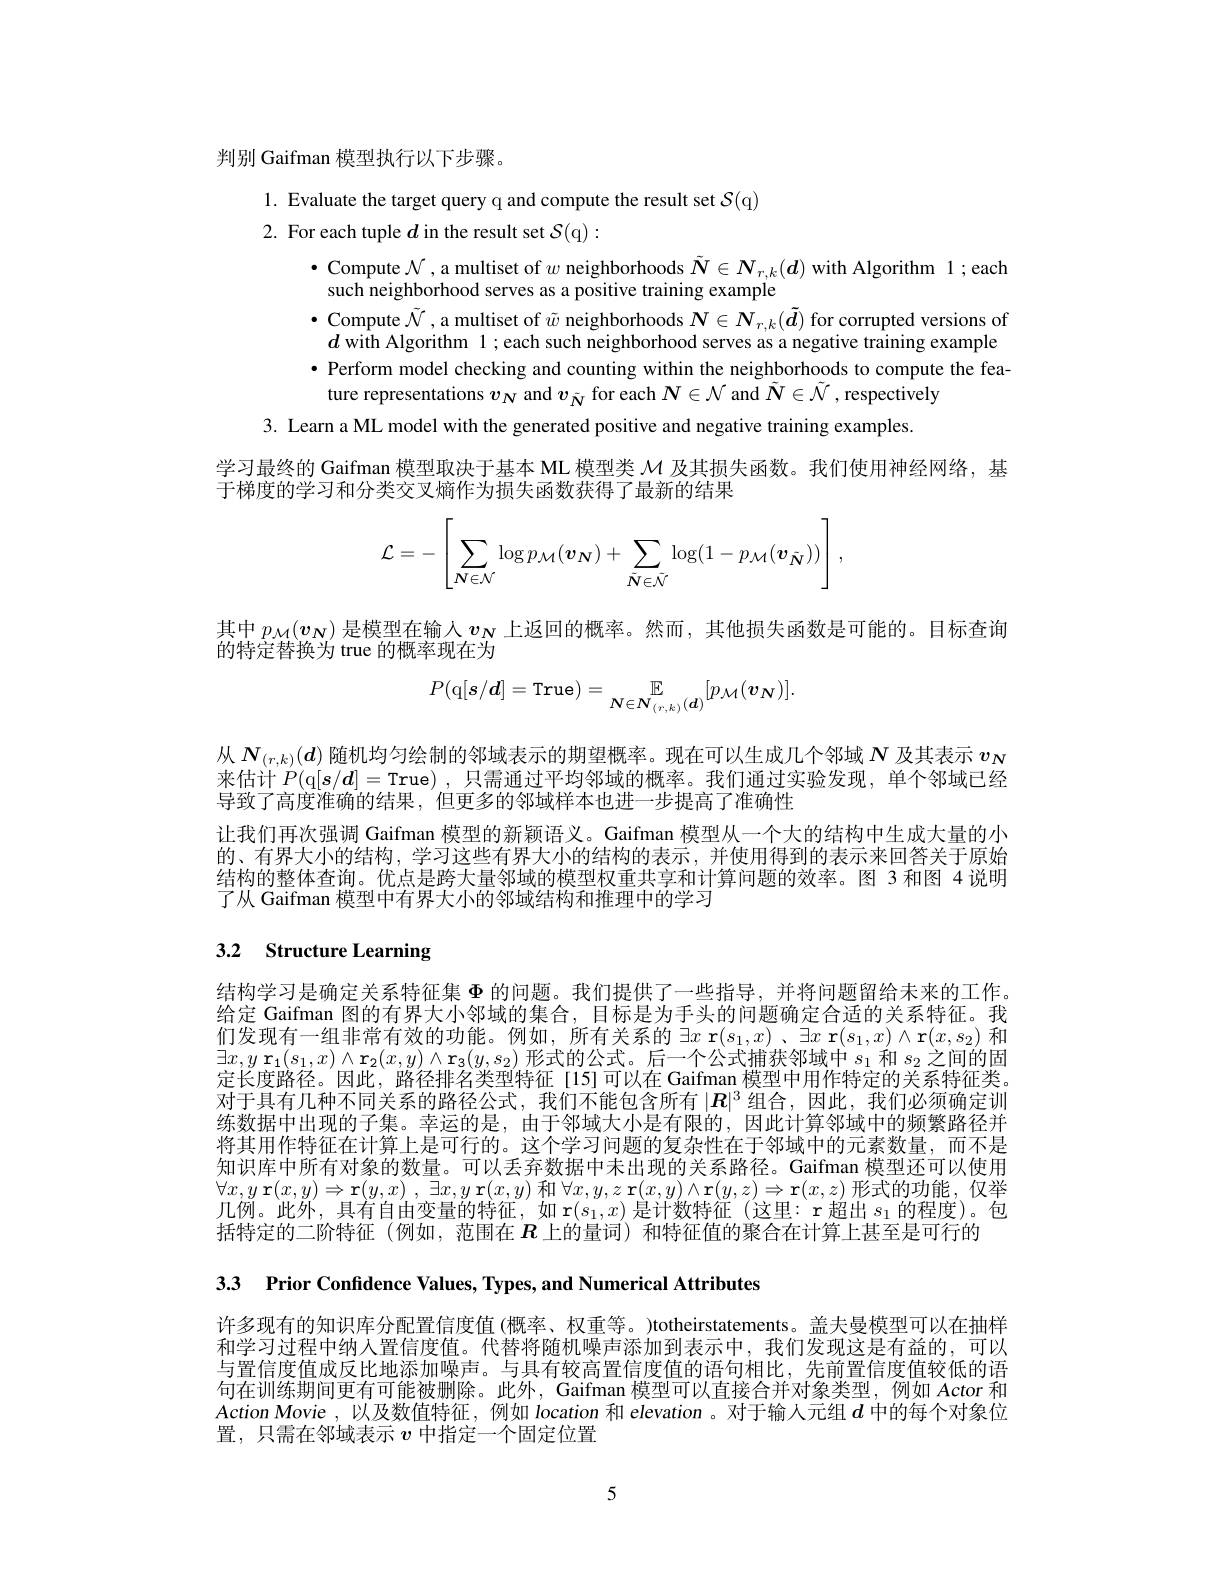
判别 Gaifman 模型执行以下步骤。

1. Evaluate the target query q and compute the result set $\mathcal{S}($q)

2. For each tuple $d$ in the result set $\mathcal{S}(\mathfrak{q}):$
$\bullet$ Compute $\mathcal{N}$ , a multiset of $w$ neighborhoods $\tilde{\boldsymbol{N}}\in\mathcal{N}_{r,k}(\boldsymbol{d})$ with Algorithm 1; each
such neighborhood serves as a positive training example
$\bullet$ Compute $\tilde{\mathcal{N}}$,a multiset of $\tilde{w}$ neighborhoods $\boldsymbol{N}\in\boldsymbol{N}_r,k(\tilde{\boldsymbol{d}})$ for corrupted versions of $d$ with Algorithm 1; each such neighborhood serves as a negative training example · Perform model checking and counting within the neighborhoods to compute the feature representations $v_{N}$ and $v_{\tilde{N}}$ for each $N\in\mathcal{N}$ and $\tilde{\boldsymbol{N}}\in\tilde{\mathcal{N}}$, respectively
3. Learn a ML model with the generated positive and negative training examples
学习最终的 Gaifman 模型取决于基本 ML 模型类$\mathcal{M}$及其损失函数。我们使用神经网络，基
于梯度的学习和分类交叉熵作为损失函数获得了最新的结果
$$\mathcal{L}=-\left[\sum_{\boldsymbol{N}\in\mathcal{N}}\log p_{\mathcal{M}}(\boldsymbol{v}_{\boldsymbol{N}})+\sum_{\tilde{\boldsymbol{N}}\in\tilde{\mathcal{N}}}\log(1-p_{\mathcal{M}}(\boldsymbol{v}_{\tilde{\boldsymbol{N}}}))\right],$$
其中$p_{\mathcal{M}}(v_{\mathcal{N}})$是模型在输人$v_N$上返回的概率。然而，其他损失函数是可能的。目标查询
的特定替换为 true 的概率现在为
$$P(\mathrm{q}[s/d]=\mathrm{True})=\mathbb{E}_{\boldsymbol{N}\in\boldsymbol{N}_{(r,k)}(\boldsymbol{d})}[p_{\mathcal{M}}(\boldsymbol{v}_{\boldsymbol{N}})].$$
从$\boldsymbol{N}_{(r,k)}(\boldsymbol{d})$随机均匀绘制的邻域表示的期望概率。现在可以生成几个邻域$N$及其表示$v_N$ 来估计$P(\mathfrak{q}[s/d]=$True) ,只需通过平均邻域的概率。我们通过实验发现，单个邻域已经导致了高度准确的结果，但更多的邻域样本也进一步提高了准确性
让我们再次强调 Gaifman 模型的新颖语义。Gaifman 模型从一个大的结构中生成大量的小的、有界大小的结构，学习这些有界大小的结构的表示，并使用得到的表示来回答关于原始结构的整体查询。优点是跨大量邻域的模型权重共享和计算问题的效率。图 3 和图 4 说明了从 Gaifman 模型中有界大小的邻域结构和推理中的学习

# 3.2 Structure Learning

结构学习是确定关系特征集$\Phi$的问题。我们提供了一些指导，并将问题留给未来的工作。给定 Gaifman 图的有界大小邻域的集合，目标是为手头的问题确定合适的关系特征。我们发现有一组非常有效的功能。例如，所有关系的$\exists x$ r$(s_1,x)$ 、$\exists x$ r$(s_1,x)\wedge\mathbf{r}(x,s_2)$和$\exists x, y$ $\mathbf{r} _1( s_1, x) \land \mathbf{r} _2( x, y) \land \mathbf{r} _3( y, s_2)$形式的公式。后一个公式捕获邻域中$s_1$和$s_2$之间的固定长度路径。因此，路径排名类型特征[15]可以在 Gaifman 模型中用作特定的关系特征类。对于具有几种不同关系的路径公式，我们不能包含所有$|\boldsymbol{R}|^3$ 组合，因此，我们必须确定训练数据中出现的子集。幸运的是，由于邻域大小是有限的，因此计算邻域中的频繁路径并将其用作特征在计算上是可行的。这个学习问题的复杂性在于邻域中的元素数量，而不是知识库中所有对象的数量。可以丢弃数据中未出现的关系路径。Gaifman 模型还可以使用$\forall x, y$ $\mathbf{r} ( x, y) \Rightarrow \mathbf{r} ( y, x)$ , $\exists x, y$ $\mathbf{r} ( x, y)$ 和 $\forall x, y, z$ $\mathbf{r} ( x, y) \wedge \mathbf{r} ( y, z) \Rightarrow \mathbf{r} ( x, z)$ 形式的功能，仅举几例。此外，具有自由变量的特征，如 r$(s_1,x)$是计数特征 (这里：r 超出$s_1$的程度)。包括特定的二阶特征(例如，范围在$R$上的量词) 和特征值的聚合在计算上甚至是可行的

3.3 Prior Confidence Values, Types, and Numerical Attributes

许多现有的知识库分配置信度值(概率、权重等。)totheirstatements。盖夫曼模型可以在抽样和学习过程中纳人置信度值。代替将随机噪声添加到表示中，我们发现这是有益的，可以与置信度值成反比地添加噪声。与具有较高置信度值的语句相比，先前置信度值较低的语句在训练期间更有可能被删除。此外，Gaifman 模型可以直接合并对象类型，例如 Actor 和Action Movie ,以及数值特征，例如 location 和 elevation 。对于输人元组$d$中的每个对象位置，只需在邻域表示$v$中指定一个固定位置

5